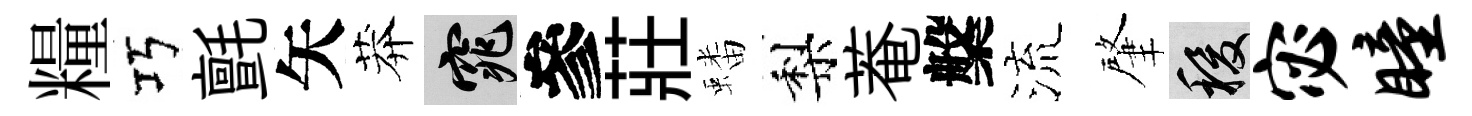
糧巧氈矢莽窕參莊蟠梨菴槃流肇稷宓瞳